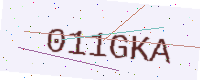
Text: 011GKA